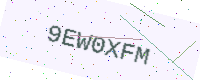
Text: 9EW0XFM